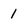
Character: 1